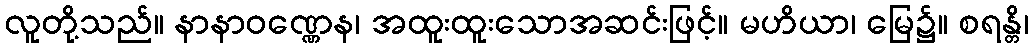
လူတို့သည်။ နာနာဝဏ္ဏေန၊ အထူးထူးသောအဆင်းဖြင့်။ မဟိယာ၊ မြေ၌။ စရန္တိ၊